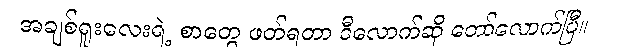
အချစ်ရူးလေးရဲ့ စာတွေ ဖတ်ရတာ ဒီလောက်ဆို တော်လောက်ပြီ။